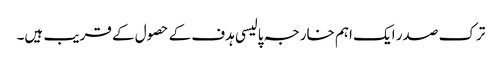
ترک صدر ایک اہم خارجہ پالیسی ہدف کے حصول کے قریب ہیں۔